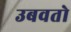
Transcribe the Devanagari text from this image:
उबवतो